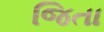
જિતા